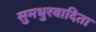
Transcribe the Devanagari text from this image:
सुमधुरवादिता